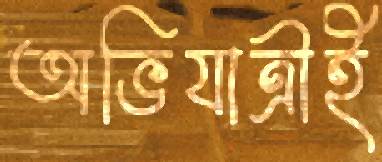
অভিযাত্রীই